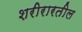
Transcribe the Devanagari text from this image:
शरीरारतील